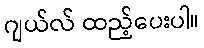
ဂျယ်လ် ထည့်ပေးပါ။